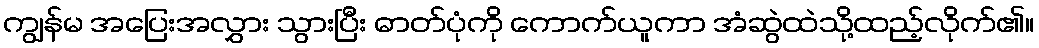
ကျွန်မ အပြေးအလွှား သွားပြီး ဓာတ်ပုံကို ကောက်ယူကာ အံဆွဲထဲသို့ထည့်လိုက်၏။